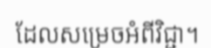
ដែលសម្រេចអំពីវិជ្ជា។